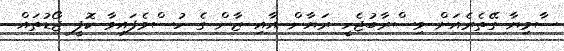
ސާމިޔާ ގޭތެރެއަށް ވިސްރާބުޖެހީ ރަޔާން އާއި ޒާން ގެ ހުސްވެފައިވާ ކޮފީ ޖޯޑުތައް